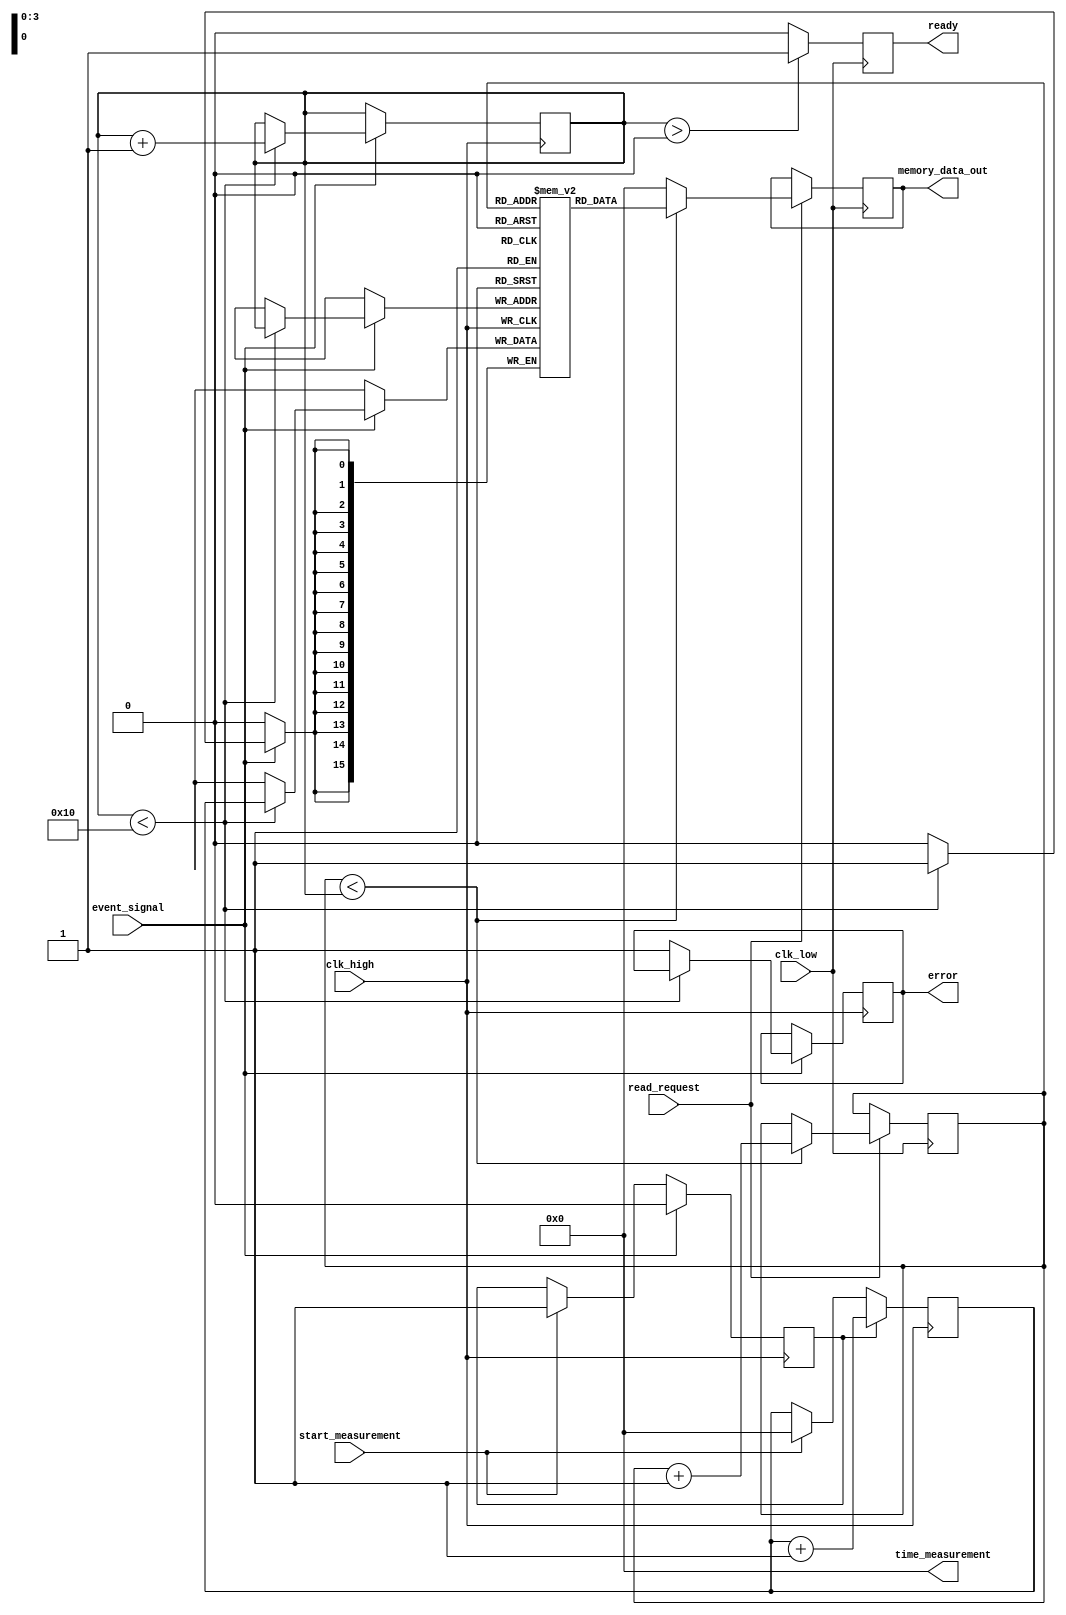
module multi_domain_tdc (
    input wire clk_high,               // High frequency clock
    input wire clk_low,                // Low frequency clock
    input wire event_signal,            // Input event signal
    input wire start_measurement,       // Trigger to start measurement
    input wire read_request,            // Request to read time measurements
    output reg [15:0] time_measurement, // Time measurement output
    output reg [15:0] memory_data_out,  // Data read from memory
    output reg ready,                   // Ready signal
    output reg error                    // Error signal
);

    // Parameters
    parameter MEMORY_SIZE = 16;        // Number of time stamps to store

    // Internal signals
    reg [15:0] memory [0:MEMORY_SIZE-1]; // Memory blocks for time storage
    reg [3:0] write_pointer;             // Pointer for writing to memory
    reg [3:0] read_pointer;              // Pointer for reading from memory
    reg counting;                        // Counting flag
    reg [15:0] counter;                  // Time counter

    // Event detection and measurement logic
    always @(posedge clk_high) begin
        if (start_measurement) begin
            counting <= 1'b1;
            counter <= 16'b0;
        end
        if (counting) begin
            counter <= counter + 1; // Increment counter on each clock cycle
        end
        if (event_signal) begin
            counting <= 1'b0; // Stop counting on event signal
            if (write_pointer < MEMORY_SIZE) begin
                memory[write_pointer] <= counter; // Store time in memory
                write_pointer <= write_pointer + 1; // Update write pointer
            end else begin
                error <= 1'b1; // Indicate memory full error
            end
        end
    end

    // Read operation from memory
    always @(posedge clk_low) begin
        if (read_request) begin
            if (read_pointer < write_pointer) begin
                memory_data_out <= memory[read_pointer]; // Read data from memory
                read_pointer <= read_pointer + 1; // Update read pointer
            end else begin
                memory_data_out <= 16'b0; // No data to read
            end
        end
    end

    // Reset and initialization logic
    initial begin
        write_pointer = 4'b0;
        read_pointer = 4'b0;
        ready = 1'b0;
        error = 1'b0;
        counting = 1'b0;
        counter = 16'b0;
        time_measurement = 16'b0;
    end

    // Ready signal generation
    always @(posedge clk_low) begin
        if (write_pointer > 0) begin
            ready <= 1'b1; // Indicate that there are measurements available
        end else begin
            ready <= 1'b0; // No measurements
        end
    end

endmodule